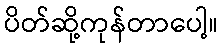
ပိတ်ဆို့ကုန်တာပေါ့။